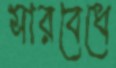
সারবেধে